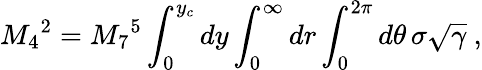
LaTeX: M_{4}{}^{2}=M_{7}{}^{5}\int_{0}^{y_{c}}dy\int_{0}^{\infty}dr\int_{0}^{2\pi}d\theta\, \sigma\sqrt{\gamma}~,